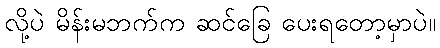
လို့ပဲ မိန်းမဘက်က ဆင်ခြေ ပေးရတော့မှာပဲ။